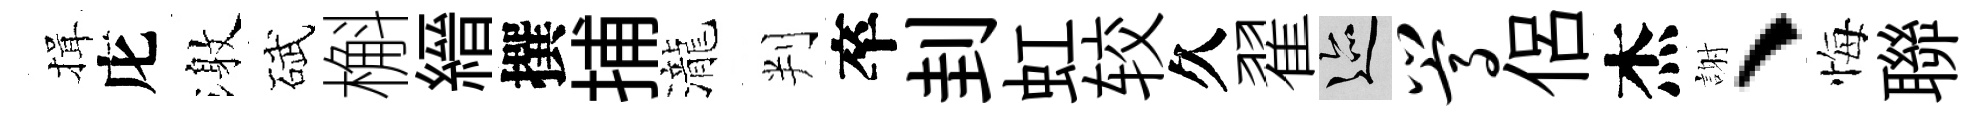
揖庀激碔槲縉撰捕瀧判卒刲虹较久翟迹嵩侶杰謝、悔聯